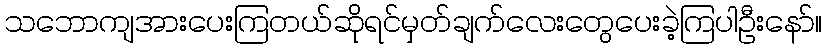
သဘောကျအားပေးကြတယ်ဆိုရင်မှတ်ချက်လေးတွေပေးခဲ့ကြပါဦးနော်။